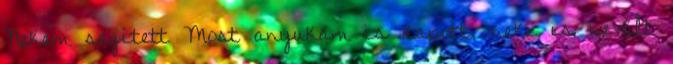
Nekem segített Most anyukám is kapott, neki is bevált